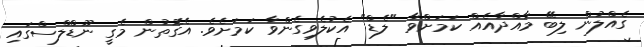
ގެއްލުން ލިބޭ މާއްދާއެއް ކަަމަށްވާ "ލެޑް" އެކުލެވިގެންވާ ކަމަށެވެ. އެގޮތުން މެގީ ނޫޑްލްސްގައި